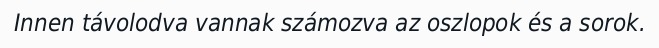
Innen távolodva vannak számozva az oszlopok és a sorok.